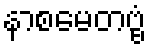
နာစမေတဗ္ဗံ